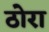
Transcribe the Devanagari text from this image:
ठोरा